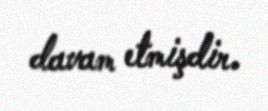
davam etmişdir.